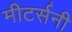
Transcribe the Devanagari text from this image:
मीटर्सनी